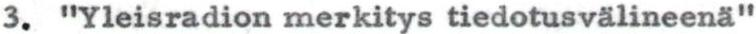
3. "Yleisradion merkitys tiedotusvälineenä"